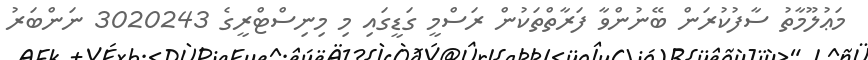
މަޢުލޫމާތު ސާފުކުރަން ބޭނުންވާ ފަރާތްތަކުން ރަސްމީ ގަޑީގައި މި މިނިސްޓްރީގެ 3020243 ނަންބަރު